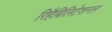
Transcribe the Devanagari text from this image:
रिहैबिलिटेशनल